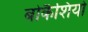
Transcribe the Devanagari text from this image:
बोकैशियो